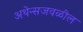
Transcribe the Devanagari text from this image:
अथेन्सजवळील